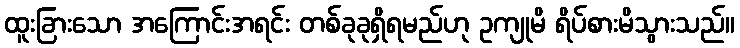
ထူးခြားသော အကြောင်းအရင်း တစ်ခုခုရှိရမည်ဟု ဥကျုမိ ရိပ်စားမိသွားသည်။